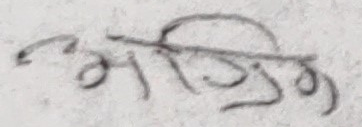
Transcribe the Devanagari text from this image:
अभिषेक